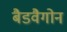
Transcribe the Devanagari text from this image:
बैडवैगोन